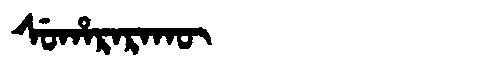
Manchu: ᠰᡠᡥᠠᡵᠠᡵᠠᡴᡡ
Romanization: SUHARARAKŪ